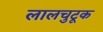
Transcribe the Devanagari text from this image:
लालचुटूक